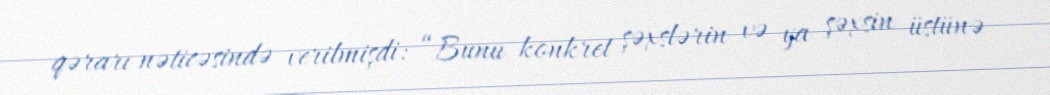
qərarı nəticəsində verilmişdi: “Bunu konkret şəxslərin və ya şəxsin üstünə